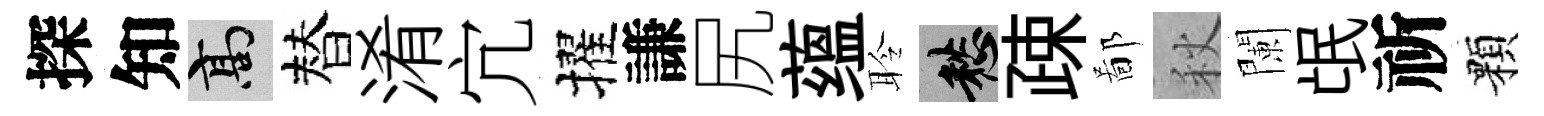
探知高替淆宂擢謙尻蕴聆愁疎鄙秋闌氓祈顆